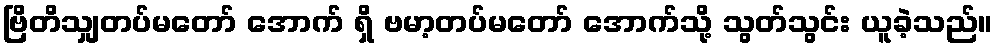
ဗြိတိသျှတပ်မတော် အောက် ရှိ ဗမာ့တပ်မတော် အောက်သို့ သွတ်သွင်း ယူခဲ့သည်။